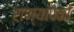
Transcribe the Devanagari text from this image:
राण्यांपैकी